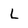
Character: l